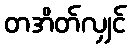
တအိတ်လျှင်